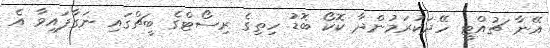
އޭނާ ޗުއްޓީ ހޭދަކުރަމުންދާ ކޮކޯ ބޮޑު ހިތިގެ ރިސޯޓްގެ ބީޗްގައި ނަގާފައިވާ އެ